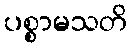
ပစ္စာမသတိ